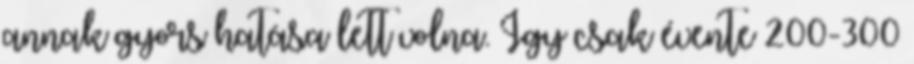
annak gyors hatása lett volna. Így csak évente 200-300